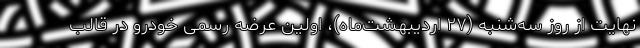
نهایت از روز سه‌شنبه (۲۷ اردیبهشت‌ماه)، اولین عرضه رسمی خودرو در قالب